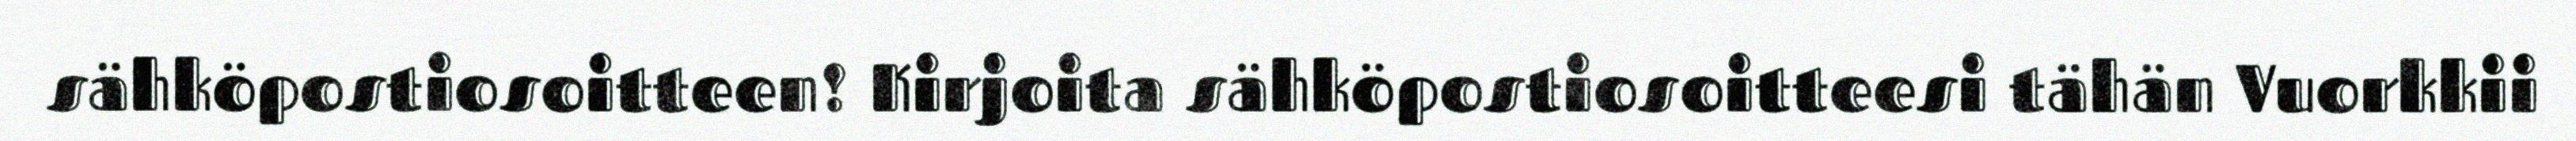
sähköpostiosoitteen! Kirjoita sähköpostiosoitteesi tähän Vuorkkii